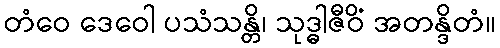
တံဝေ ဒေဝေါ ပသံသန္တိ၊ သုဒ္ဓါဇီဝိံ အတန္ဒိတံ။